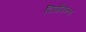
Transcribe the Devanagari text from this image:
दिर्घोपान्त्य